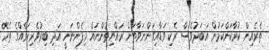
ތެރެއިން ކުރާކަންކަމުން އަބަދުވެސް ރެކި ވަޑާއިގަންނަވާތަން ރައްޔިތުންނައް މިފެންނަނީ އަދި ބިރުވެރިކަމެއްގެ ތެރޭ